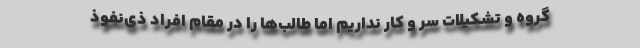
گروه و تشکیلات سر و کار نداریم اما طالب‌ها را در مقام افراد ذی‌نفوذ